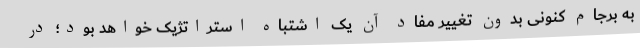
به برجام کنونی بدون تغییر مفاد آن یک اشتباه استراتژیک خواهد بود؛ در